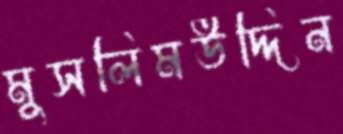
মুসলিমউদ্দিন